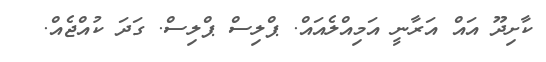
ކާށިދޫ އައް އަރާނީ އަމިއްލެއައް. ޕްލިސް ޕްލިސް. ގަދަ ކުއްޖެއް.